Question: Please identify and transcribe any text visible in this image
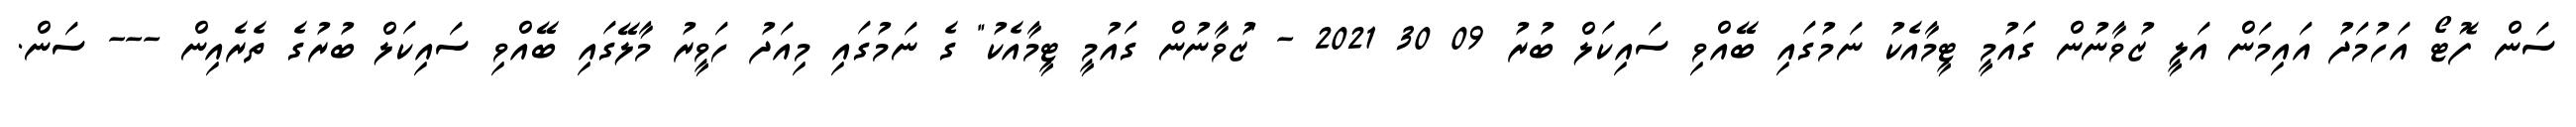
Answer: ސަން ފޮޓޯ އަހުމަދު އައިމަން އަލީ ޒުވާނުން ގައުމީ ޓީމާއެކު ނަމުގައި ބޭއްވި ސައިކަލް ބުރު 09 30 2021 - "ޒުވާނުން ގައުމީ ޓީމާއެކު" ގެ ނަމުގައި މިއަދު ހަވީރު މާލޭގައި ބޭއްވި ސައިކަލް ބުރުގެ ތެރެއިން --- ސަން.